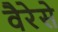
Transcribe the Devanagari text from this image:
वैरेसे